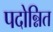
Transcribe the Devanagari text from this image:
पदोन्नित